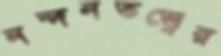
নন্দনতত্ত্বের